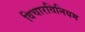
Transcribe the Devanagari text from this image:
विचारविनियम